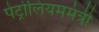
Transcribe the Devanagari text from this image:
पेट्रोलियममंत्री